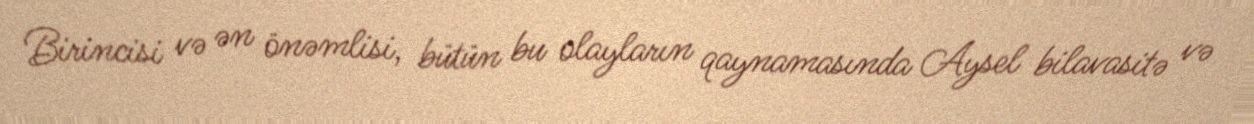
Birincisi və ən önəmlisi, bütün bu olayların qaynamasında Aysel bilavasitə və